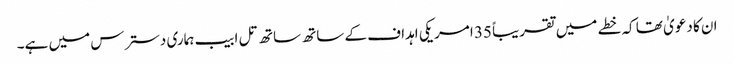
ان کا دعویٰ تھا کہ خطے میں تقریباً 35 امریکی اہداف کے ساتھ ساتھ تل ابیب ہماری دسترس میں ہے۔